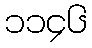
၁၁၄၆